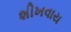
શીખવાય